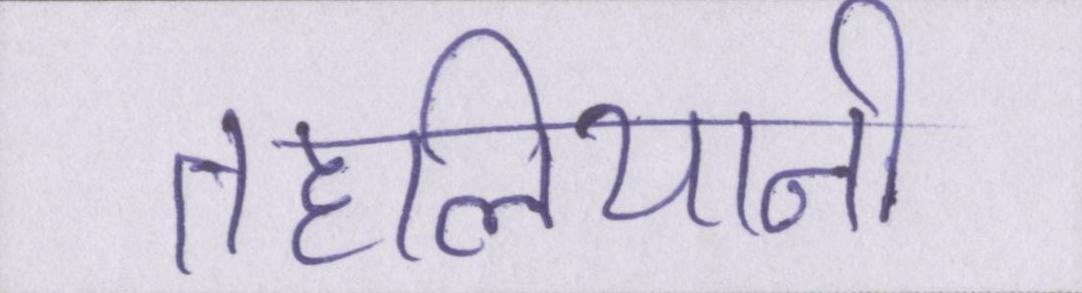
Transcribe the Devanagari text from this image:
तहलियानी